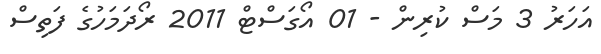
އަހަރު 3 މަސް ކުރިން - 01 އޯގަސްޓް 2011 ރޯދަމަހުގެ ފަތިސް